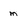
Character: m